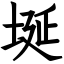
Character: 埏